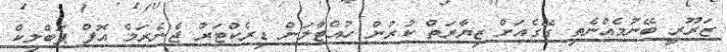
ޒަރޫރީ ބޭނުމެއްނެތި ގޭގެއަށް ޒިޔާރަތް ކުރުން ހުއްޓާލަން ޑިރެކްޓަރު ޖެނެރަލް އޮފް ޕަބްލިކް